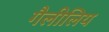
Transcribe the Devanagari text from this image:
गैलीलिय